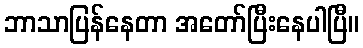
ဘာသာပြန်နေတာ အတော်ပြီးနေပါပြီ။